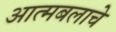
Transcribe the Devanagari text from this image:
आत्मबलाचे